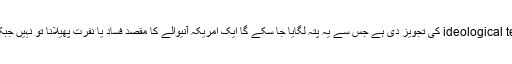
یہ عجیب ہے کہ ٹرمپ نے امریکہ آنے والوں کے لیے ideological test کی تجویز دی ہے جس سے یہ پتہ لگایا جا سکے گا ایک امریکہ آنیوالے کا مقصد فساد یا نفرت پھیلانا تو نہیں جبکہ اُس کے اپنے کارندے برداشت اور تنوع سے ناواقف ہیں۔